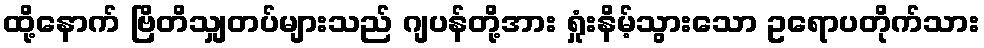
ထို့နောက် ဗြိတိသျှတပ်များသည် ဂျပန်တို့အား ရှုံးနိမ့်သွားသော ဥရောပတိုက်သား